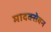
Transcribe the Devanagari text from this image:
मादक्सेवन